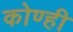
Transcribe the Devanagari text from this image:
कोण्ही